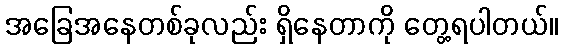
အခြေအနေတစ်ခုလည်း ရှိနေတာကို တွေ့ရပါတယ်။